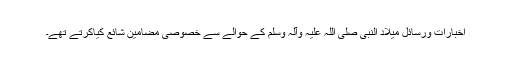
اخبارات ورسائل میلاد النبی صلی اللہ علیہ وآلہ وسلم کے حوالے سے خصوصی مضامین شائع کیاکرتے تھے۔